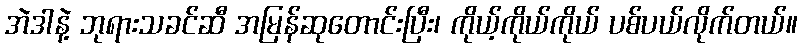
အဲဒါနဲ့ ဘုရားသခင်ဆီ အမြန်ဆုတောင်းပြီး၊ ကိုယ့်ကိုယ်ကိုယ် ပစ်ပယ်လိုက်တယ်။